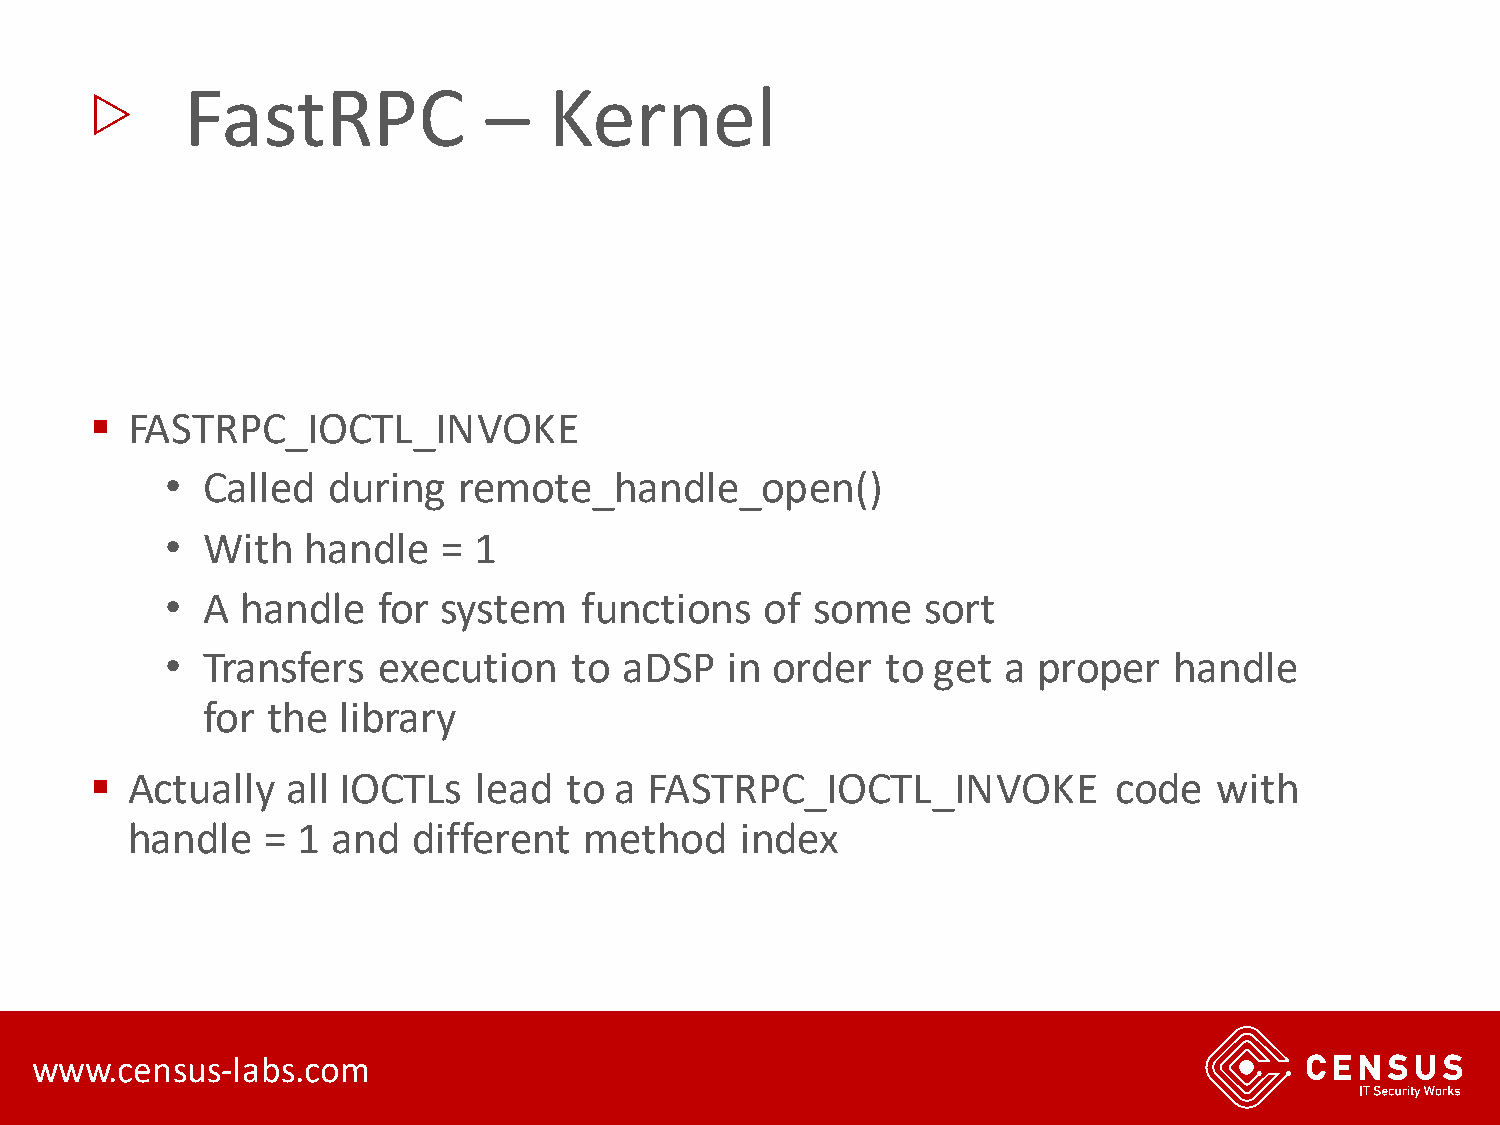
▷
 FastRPC             –   Kernel
 ▪ FASTRPC_IOCTL_INVOKE
 • Called   during  remote_handle_open()
 • With   handle   = 1
 • A  handle   for system   functions    of some   sort
 • Transfers   execution    to aDSP   in order   to get a  proper   handle
 for  the library
 ▪ Actually   all IOCTLs  lead  to  a FASTRPC_IOCTL_INVOKE           code   with
 handle    = 1 and  different   method    index
 www.census-labs.com